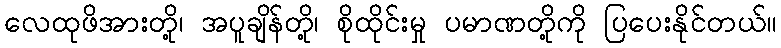
လေထုဖိအားတို့၊ အပူချိန်တို့၊ စိုထိုင်းမှု ပမာဏတို့ကို ပြပေးနိုင်တယ်။